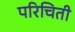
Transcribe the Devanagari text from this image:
परिचिती